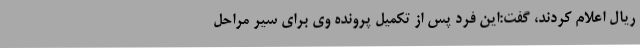
ریال اعلام کردند، گفت:‌این فرد پس از تکمیل پرونده وی برای سیر مراحل